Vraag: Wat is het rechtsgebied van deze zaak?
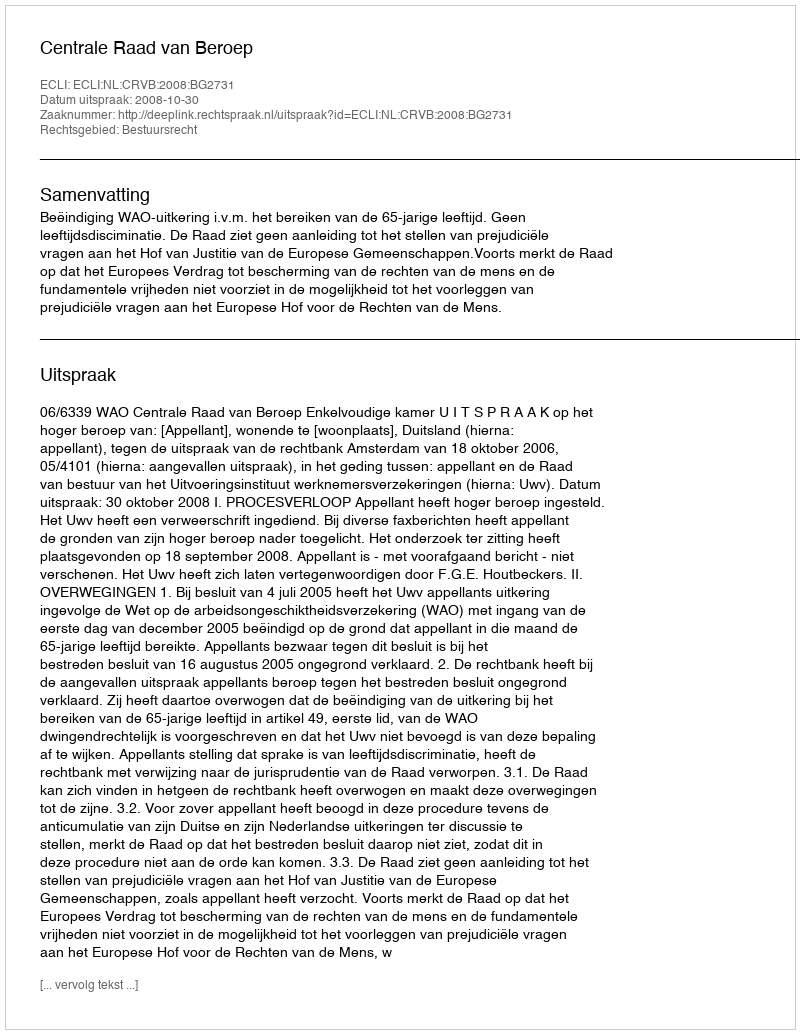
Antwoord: Bestuursrecht